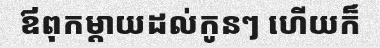
ឪពុកម្តាយដល់កូនៗ ហើយក៏